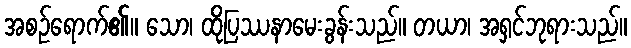
အစဉ်ရောက်၏။ သော၊ ထိုပြဿနာမေးခွန်းသည်။ တယာ၊ အရှင်ဘုရားသည်။